Scottish Leaving Certificate Examination, 1951
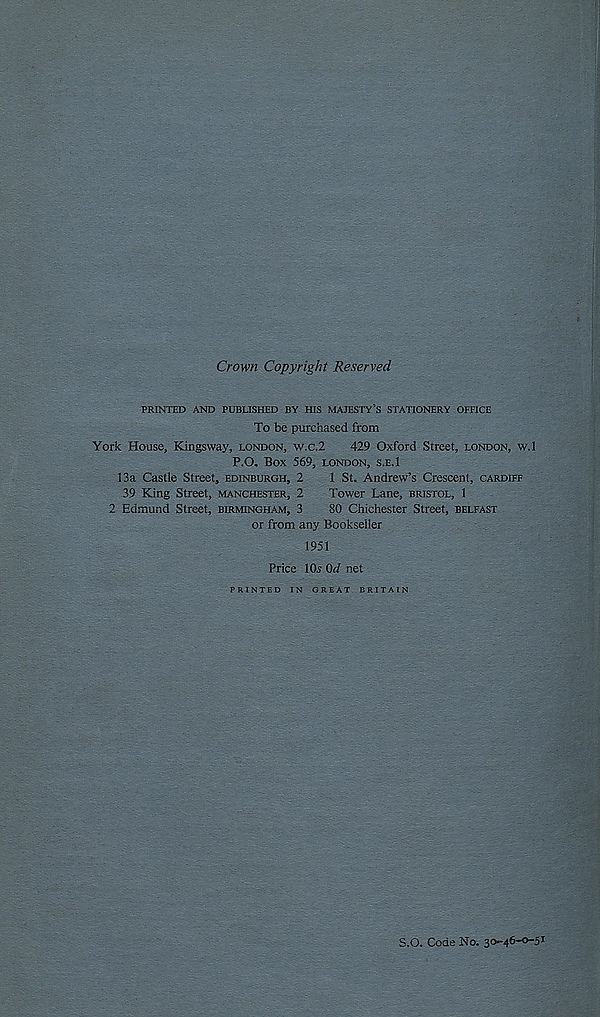
Crown Copyright Reserved
PRINTED AND PUBLISHED BY HIS MAJESTY’S STATIONERY OFFICE
To be purchased from
York House, Kingsway, London, w.c.2
429 Oxford Street, London, w.l
P.O, Box 569, LONDON, S.E.l
13a Castle Street, Edinburgh, 2
1 St. Andrew’s Crescent, Cardiff
39 King Street, Manchester, 2
Tower Lane, Bristol, 1
2 Edmund Street, Birmingham, 3
80 Chichester Street, Belfast
or from any Bookseller
1951
Price lOs Od net
PRINTED IN GREAT BRITAIN
S.O. Code No. 30-46-0-5 1